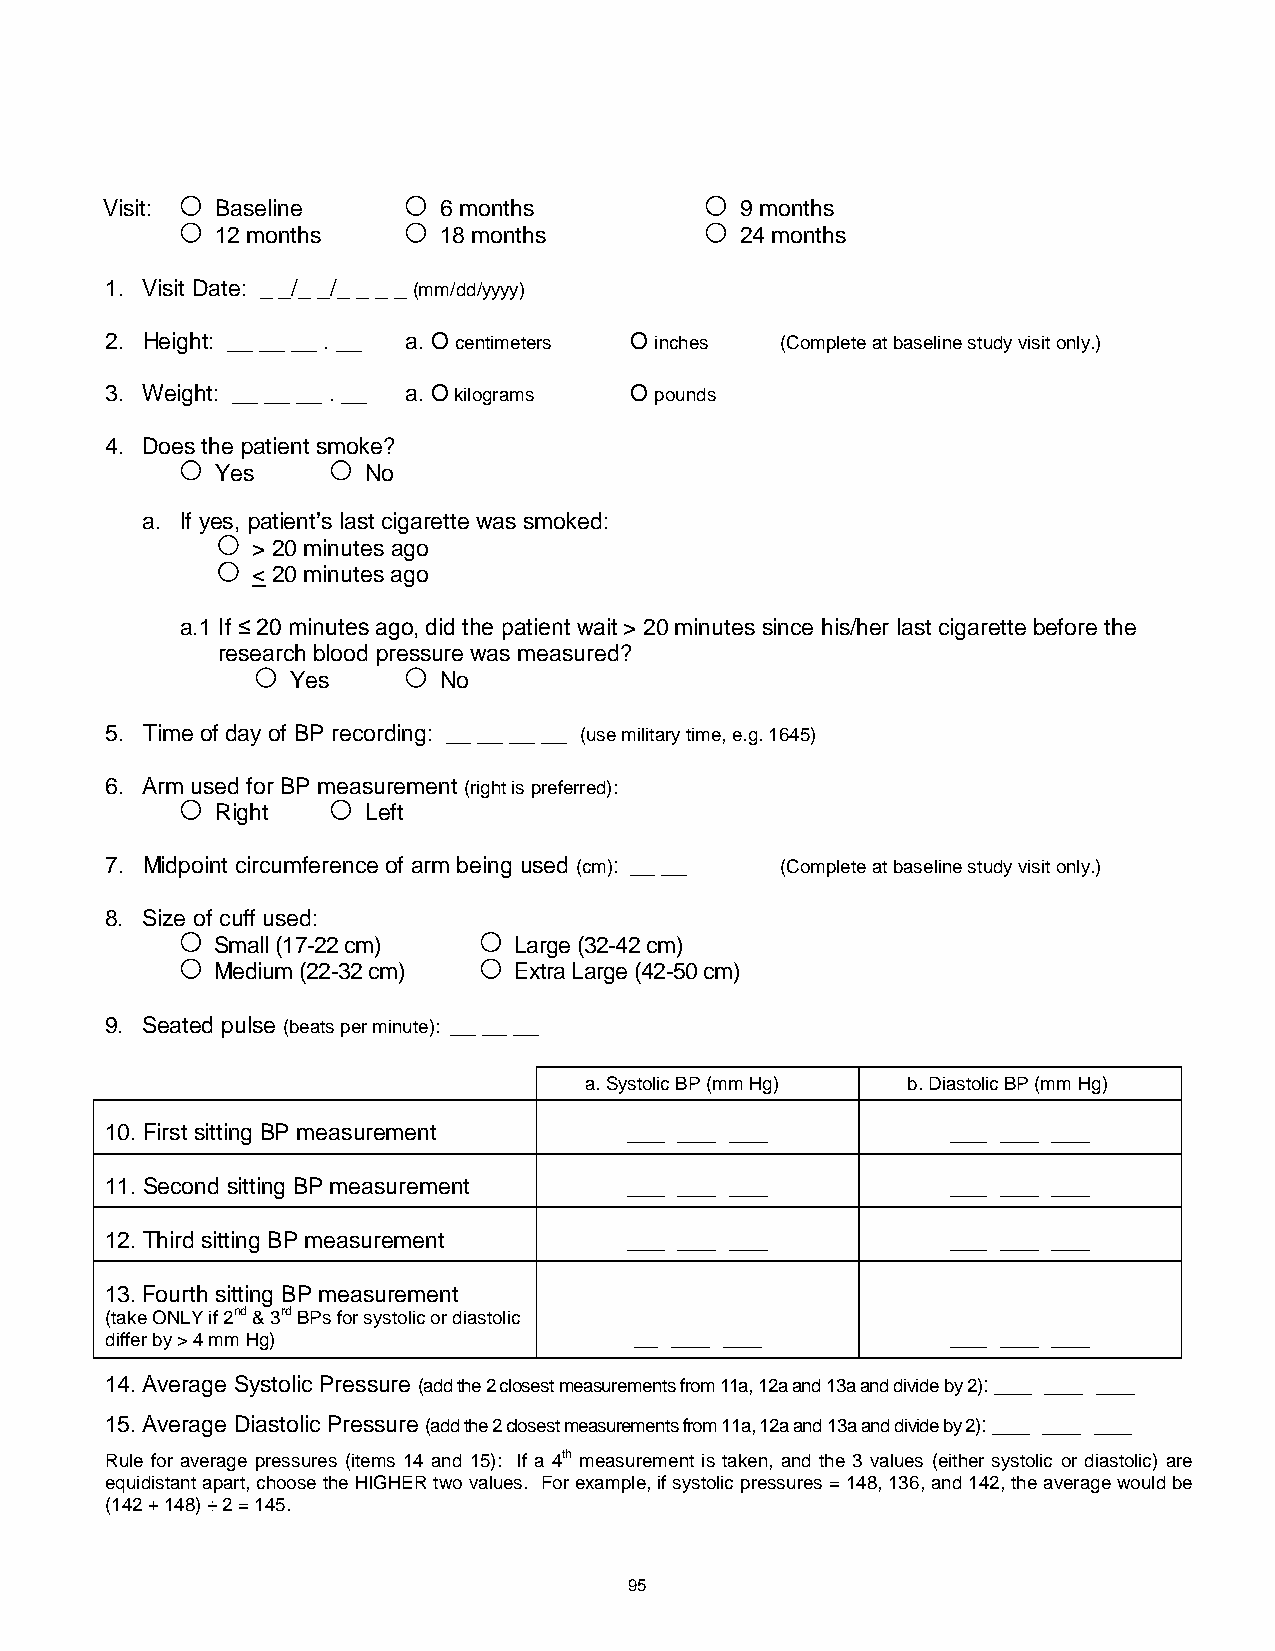
Visit: Baseline       6 months            9 months
 12 months      18 months           24 months
 1. Visit Date: _ _/_ _/_ _ _ _ (mm/dd/yyyy)
 2. Height: __ __ __ . __ a. O centimeters O inches (Complete at baseline study visit only.)
 3. Weight: __ __ __ . __ a. O kilograms O pounds
 4. Does the patient smoke?
 Yes       No
 a. If yes, patient’s last cigarette was smoked:
 > 20 minutes ago
 < 20 minutes ago
 a.1 If ≤ 20 minutes ago, did the patient wait > 20 minutes since his/her last cigarette before the
 research blood pressure was measured?
 Yes       No
 5. Time of day of BP recording: __ __ __ __ (use military time, e.g. 1645)
 6. Arm used for BP measurement (right is preferred):
 Right     Left
 7. Midpoint circumference of arm being used (cm): __ __ (Complete at baseline study visit only.)
 8. Size of cuff used:
 Small (17-22 cm)    Large (32-42 cm)
 Medium (22-32 cm)   Extra Large (42-50 cm)
 9. Seated pulse (beats per minute): __ __ __
 a. Systolic BP (mm Hg) b. Diastolic BP (mm Hg)
 10. First sitting BP measurement   ___ ___ ___          ___ ___ ___
 11. Second sitting BP measurement  ___ ___ ___          ___ ___ ___
 12. Third sitting BP measurement   ___ ___ ___          ___ ___ ___
 13. Fourth sitting BP measurement
 (take ONLY if 2nd & 3rd BPs for systolic or diastolic
 differ by > 4 mm Hg)               __ ___ ___           ___ ___ ___
 14. Average Systolic Pressure (add the 2 closest measurements from 11a, 12a and 13a and divide by 2): ___ ___ ___
 15. Average Diastolic Pressure (add the 2 closest measurements from 11a, 12a and 13a and divide by 2): ___ ___ ___
 Rule for average pressures (items 14 and 15): If a 4th measurement is taken, and the 3 values (either systolic or diastolic) are
 equidistant apart, choose the HIGHER two values. For example, if systolic pressures = 148, 136, and 142, the average would be
 (142 + 148) ÷ 2 = 145.
 95